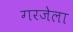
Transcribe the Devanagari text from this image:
गरजेला